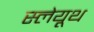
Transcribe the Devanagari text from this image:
स्लेयूथ